Insane asylums Bombay 1873-77 - 1873-1877
Year: 1873
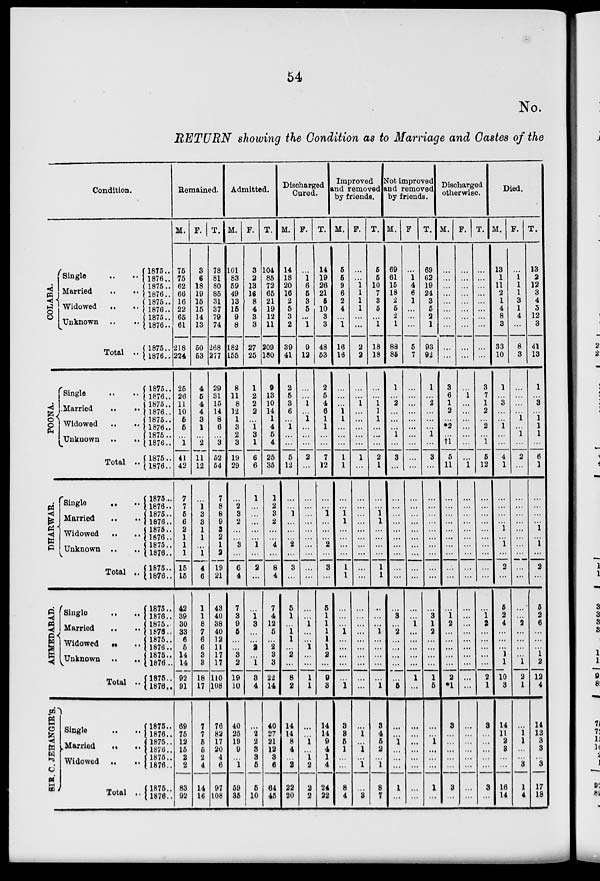
54
No.
RETURN showing the Condition as to Marriage and Castes of the
Condition.
COLABA.
Single .. ..
Married
..
..
Widowed
..
..
Unknown
..
..
Total ..
POONA.
Single
..
..
Married
..
..
Widowed
..
..
Unknown ..
..
Total ..
DHARWAR.
Single
..
..
Married
..
..
Widowed
..
..
Unknown
..
..
Total ..
AHMEDABAD.
Single
..
..
Married
..
..
Widowed
..
..
Unknown
..
..
Total ..
SIR. C. JEHANGIR'S.
Single
..
..
Married
..
..
Widowed ..
..
Total ..
1875..
1876..
1875..
1876..
1875..
1876..
1875..
1876..
1875..
1876..
1875..
1876..
1875..
1876..
1875..
1876..
1875..
1876..
1875..
1876..
1875..
1876..
1876..
1876..
1875..
1876..
1875..
1876..
1875..
1876..
1875..
1876..
1875..
1876..
1875..
1876..
1875..
1876...
1875..
1876..
1875..
1876..
1875..
1876..
1875..
1876..
1875..
1876..
Remained.
M.
75
75
62
66
16
22
65
61
218
224
25
26
11
10
5
6
...
1
41
42
7
7
5
6
2
1
1
1
15
15
42
39
30 33
6
5
14
14
92
91
69
75
12
15
2
2
83
92
F.
3
6
18
19
15
15
14
13
50
53
4
5
4
4
3
1
...
2
11
12
...
1
3
3
1
1
...
1
4
6
1
1
8
7
6
6
3
3
18
17
7
7
5
5
2
4
14
16
T.
78
81
80
85
31
37
79
74
268
277
29
31
15
14
8
6
...
3
52
54
7
8
8
9
3
2
1
2
19
21
43
40
38
40
12
11
17
17
110
108
76
82
17
20
4
6
97
108
Admitted.
M.
101
83
59
49
13
15
9
8
182
155
8
11
8
12
1
3
2
3
19
29
...
2 3
2
...
...
3
...
6
4
7
3
9
5
...
...
3
2
19
10
40
25
19
9
...
1
59
35
F.
3
2
13
16
8
4
3
3
27
25
1
2
2
2
...
1
3
1
6
6
1
...
...
...
...
...
1
...
2
...
...
1
3
...
...
2
...
1
3
4
...
2
2
3
3
5
5
10
T.
104
85
72
65
21
19
12
11
209
180
9
13
10
14
1
4
5
4
25
35
1
2
3
2
...
...
4
...
8
4
7
4
12
5
...
2
3
3
22
14
40
27
21
12
3
6
64
45
Discharged
Cured.
M.
14
18
20
16
2
5
3
2
39
41
2
5
3
6
...
1
...
...
5
12
...
...
1
...
...
...
...
...
3
...
5
1
...
1
1
...
2
...
8
2
14
14
8
4
...
2
22
20
F.
...
1
6
5
3
5
...
1
9
12
...
...
1
...
1
...
...
...
2
...
...
...
...
...
...
...
...
...
...
...
...
...
1
...
...
1
...
...
1
1
...
...
1
...
1
2
2
2
T.
14
19
26
21
5
10
3
3
48
53
2
5
4
6
1
1
...
...
7
12
...
...
1
...
...
...
2
...
3
...
5
1
1
1
1
1
2
...
9
3
14
14
9
4
1
4
24
22
Improved
and removed
by friends.
M.
5
5
9
6
2
4
...
1
16
16
...
...
...
1
1
...
...
...
1
1
...
...
1
1
...
...
...
...
1
1
...
...
...
1
...
...
...
...
...
1
3
8
5
1
...
...
8
4
F.
...
...
1
1
1
1
...
...
2
2
...
...
1
...
...
...
...
...
1
...
...
...
...
...
...
...
...
...
...
...
...
...
...
...
...
...
...
...
...
...
...
1
...
1
...
1
...
3
T.
5
5
10
7
3
5
...
1
18
18
...
...
1
1
1
...
...
...
2
1
...
...
1
1
...
...
...
...
1
1
...
...
...
1
...
...
...
...
...
1
3
4
5
2
...
1
8
7
Not improved
and removed
by friends.
M.
69
61
15
18
2
5
2
1
88
85
1
...
2
...
...
...
1
...
3
...
...
...
...
...
...
...
...
...
...
...
...
3
...
2
...
...
...
...
...
5
...
...
1
...
...
...
1
...
F
...
1
4
6
1
...
...
...
5
7
...
...
...
...
...
...
...
...
...
...
...
...
...
...
...
...
...
...
...
...
...
...
1
...
...
...
...
...
1
...
...
...
...
...
...
...
...
T.
69
62
19
24
3
5
2
1
93
92
1
...
2
...
...
...
1
...
3
...
...
...
...
...
...
...
...
...
...
...
...
3
1
2
...
...
...
...
1
5
...
...
1
...
...
...
1
...
Discharged
otherwise.
M.
...
...
...
...
...
...
...
...
...
...
3
6
1
2
...
*2
...
†1
5
11
...
...
...
...
...
...
...
...
...
...
...
1
2
...
...
...
...
...
2
*1
3
...
...
...
...
...
3
...
F.
...
...
...
...
...
...
...
...
...
...
...
1
...
...
...
...
...
...
...
1
...
...
...
...
...
...
...
...
...
...
...
...
...
...
...
...
...
...
...
...
...
...
...
...
...
...
...
...
T.
...
...
...
...
...
...
...
...
...
...
3
7
1
2
...
2
...
1
5
12
...
...
...
...
...
...
...
...
...
...
...
1
2
...
...
...
...
...
2
1
3
...
...
...
...
...
3
...
Died.
M.
13
1
11
2
1
4
8
3
33
10
1
...
3
...
...
1
...
...
4
1
...
...
...
...
1
...
1
...
2
...
5
2
4
...
...
...
1
1
10
3
14
11
2
3
...
...
16
14
F.
...
1
1
1
3
1
4
...
8
3
...
...
...
...
1
...
1
...
2
...
...
...
...
...
...
...
...
...
...
...
...
...
2
...
...
...
...
1
2
1
...
1
1
...
...
3
1
4
T.
13
2
12
3
4
5
12
3
41
13
1
...
3
...
1
1
1
...
6
1
...
...
...
...
1
...
1
...
2
...
5
2
6
...
...
...
1
2
12
4
14
12
3
3
...
3
17
18